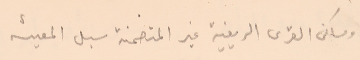
● ومساكن القرى الريفية غير المتضمنة سبل المعيشه